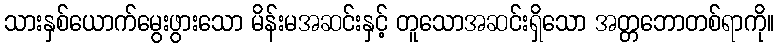
သားနှစ်ယောက်မွေးဖွားသော မိန်းမအဆင်းနှင့် တူသောအဆင်းရှိသော အတ္တဘောတစ်ရာကို။